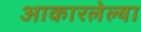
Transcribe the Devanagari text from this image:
आकारलेल्या